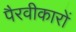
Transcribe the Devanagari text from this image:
पैरवीकारों